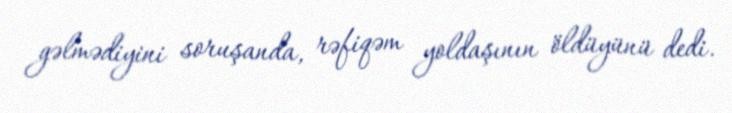
gəlmədiyini soruşanda, rəfiqəm yoldaşının öldüyünü dedi.